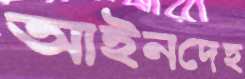
আইনদেহ